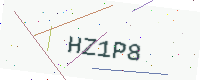
Text: HZ1P8